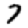
Digit: 7